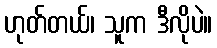
ဟုတ်တယ်၊ သူက ဒီလိုပဲ။